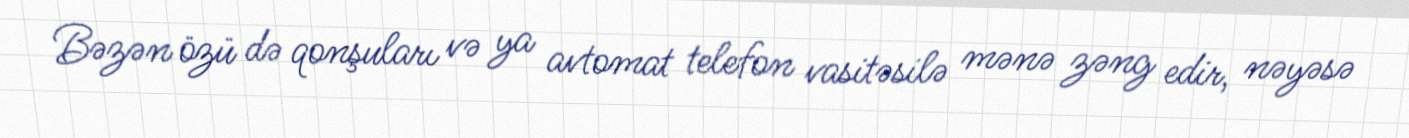
Bəzən özü də qonşuları və ya avtomat telefon vasitəsilə mənə zəng edir, nəyəsə